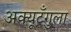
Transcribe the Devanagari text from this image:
अक्यूटँगुला